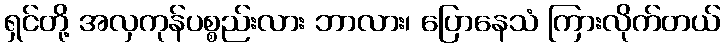
ရှင်တို့ အလှကုန်ပစ္စည်းလား ဘာလား၊ ပြောနေသံ ကြားလိုက်တယ်